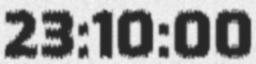
23:10:00